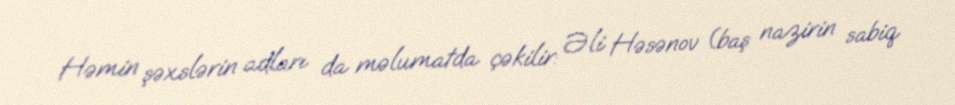
Həmin şəxslərin adları da məlumatda çəkilir: Əli Həsənov (baş nazirin sabiq